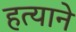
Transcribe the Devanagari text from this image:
हत्याने